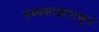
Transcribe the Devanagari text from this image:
मध्यकाष्ठापासून